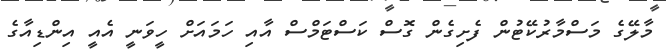
މާލޭގެ މަސްމާރުކޭޓުން ފެށިގެން ގޮސް ކަސްޓަމްސް އާއި ހަމައަށް ހީވަނީ އެއީ އިންޑިއާގެ